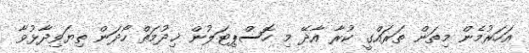
އަހަރުމެން މިތަން ތަރައްގީ ކުރާ އާދޭ މި ހޮސްޕިޓަލުން ޚިދުމަތް ހޯދަން ތިޔަވިދާޅުވާ